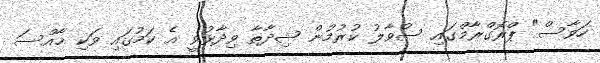
ހަވާސް" ޕްރޮގްރާމްގައި ސުވާލު ކުރުމުން ޝިދާތާ ވިދާޅުވީ އެ ކަމުގައި ވަކި ޚާއްސަ